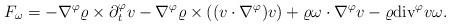
LaTeX: \begin{align*} F_\omega=-\nabla^\varphi\varrho\times\partial{_t^\varphi}v-\nabla^\varphi\varrho\times((v\cdot\nabla^\varphi)v)+\varrho\omega\cdot\nabla^\varphi v-\varrho\mbox{div}^\varphi v\omega.\end{align*}